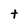
Character: t